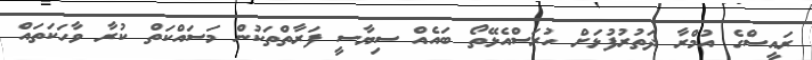
ރައީސްގެ އުމްރާ ދަތުރުފުޅަށް ހުރަސްއެޅޭތޯ ބައެއް ސިޔާސީ ފަރާތްތަކުން މަސައްކަތް ކުރާ ވާހަކަތައް